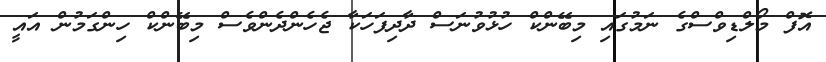
އޮފް މޯލްޑިވްސްގެ ނަމުގައި މިބޭންކް ހުޅުވުނަސް ދާދިފަހަކާ ޖެހެންދެންވެސް މިބޭންކް ހިންގަމުން އައީ